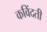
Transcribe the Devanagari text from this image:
कविंदती